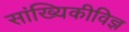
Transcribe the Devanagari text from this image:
सांख्यिकीविज्ञ